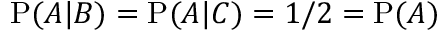
\mathrm { P } ( A | B ) = \mathrm { P } ( A | C ) = 1 / 2 = \mathrm { P } ( A )